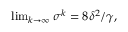
\begin{array} { r } { \operatorname* { l i m } _ { k \rightarrow \infty } \sigma ^ { k } = 8 \delta ^ { 2 } / \gamma , } \end{array}